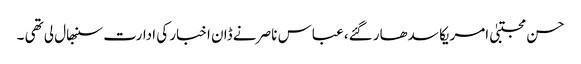
حسن مجتبیٰ امریکا سدھار گئے، عباس ناصر نے ڈان اخبار کی ادارت سنبھال لی تھی ۔